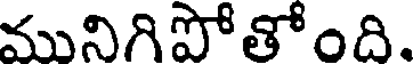
మునిగిపోతోంది.